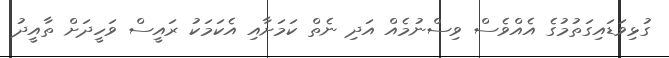
ގުޅިވަޑައިގަތުމުގެ އެއްވެސް ވިސްނުމެއް އަދި ނެތް ކަމަށާއި އެކަމަކު ރައީސް ވަހީދަށް ތާއީދު